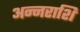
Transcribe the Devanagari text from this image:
अन्नराशि